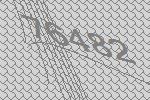
76482